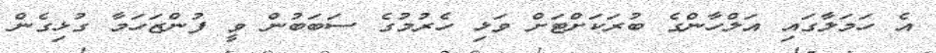
އެ ހަމަލާގައި އަލްހާންގެ ބުރަކަށްޓަށް ވަޅި ހެރުމުގެ ސަބަބުން ވީ ފުންޒަހަމާ ގުޅިގެން